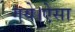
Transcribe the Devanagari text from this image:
गये।ऐसा